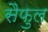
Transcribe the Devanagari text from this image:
सैफुल